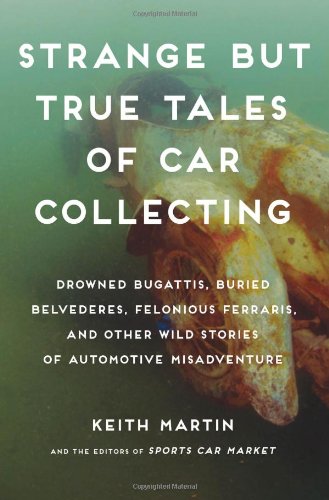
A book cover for Strange but True Tales of Car Collecting: Drowned Bugattis, Buried Belvederes, Felonious Ferraris and other Wild Stories of Automotive Misadventure; Keith Martin; Crafts, Hobbies & Home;